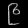
Digit: ၉